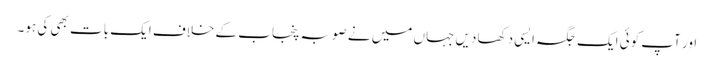
اور آپ کوئی ایک جگہ ایسی دکھا دیں جہاں میں نے صوبہ پنجاب کے خلاف ایک بات بھی کی ہو۔